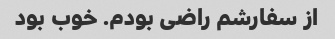
از سفارشم راضی بودم. خوب بود